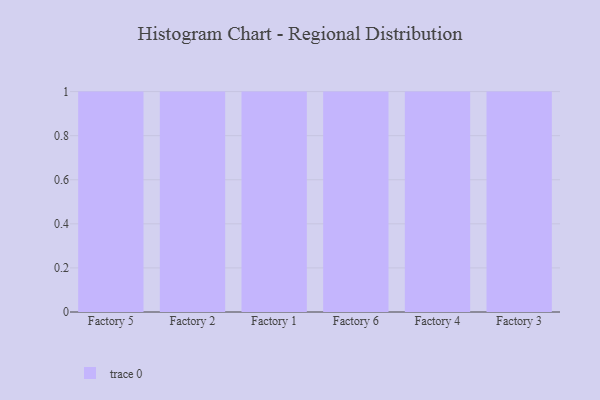
{"axis": {"x": "Factory", "y": "Temperature (°C)"}, "legend": [""], "data": [{"x": "Factory 5", "y": 67, "type": ""}, {"x": "Factory 2", "y": 29, "type": ""}, {"x": "Factory 1", "y": 49, "type": ""}, {"x": "Factory 6", "y": 71, "type": ""}, {"x": "Factory 4", "y": 87, "type": ""}, {"x": "Factory 3", "y": 7, "type": ""}]}